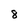
Character: 8